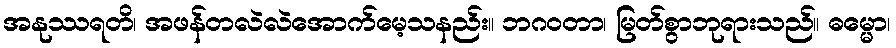
အနုဿရတိ၊ အဖန်တလဲလဲအောက်မေ့သနည်း။ ဘဂဝတာ၊ မြတ်စွာဘုရားသည်။ ဓမ္မော၊